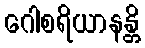
ဂေါစရိယာနန္တိ